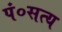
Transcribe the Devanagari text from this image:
पं०सत्य